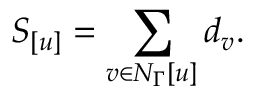
S _ { [ u ] } = \sum _ { v \in N _ { \Gamma } [ u ] } d _ { v } .